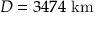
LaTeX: D = 3 4 7 4 { \mathrm { ~ k m } }